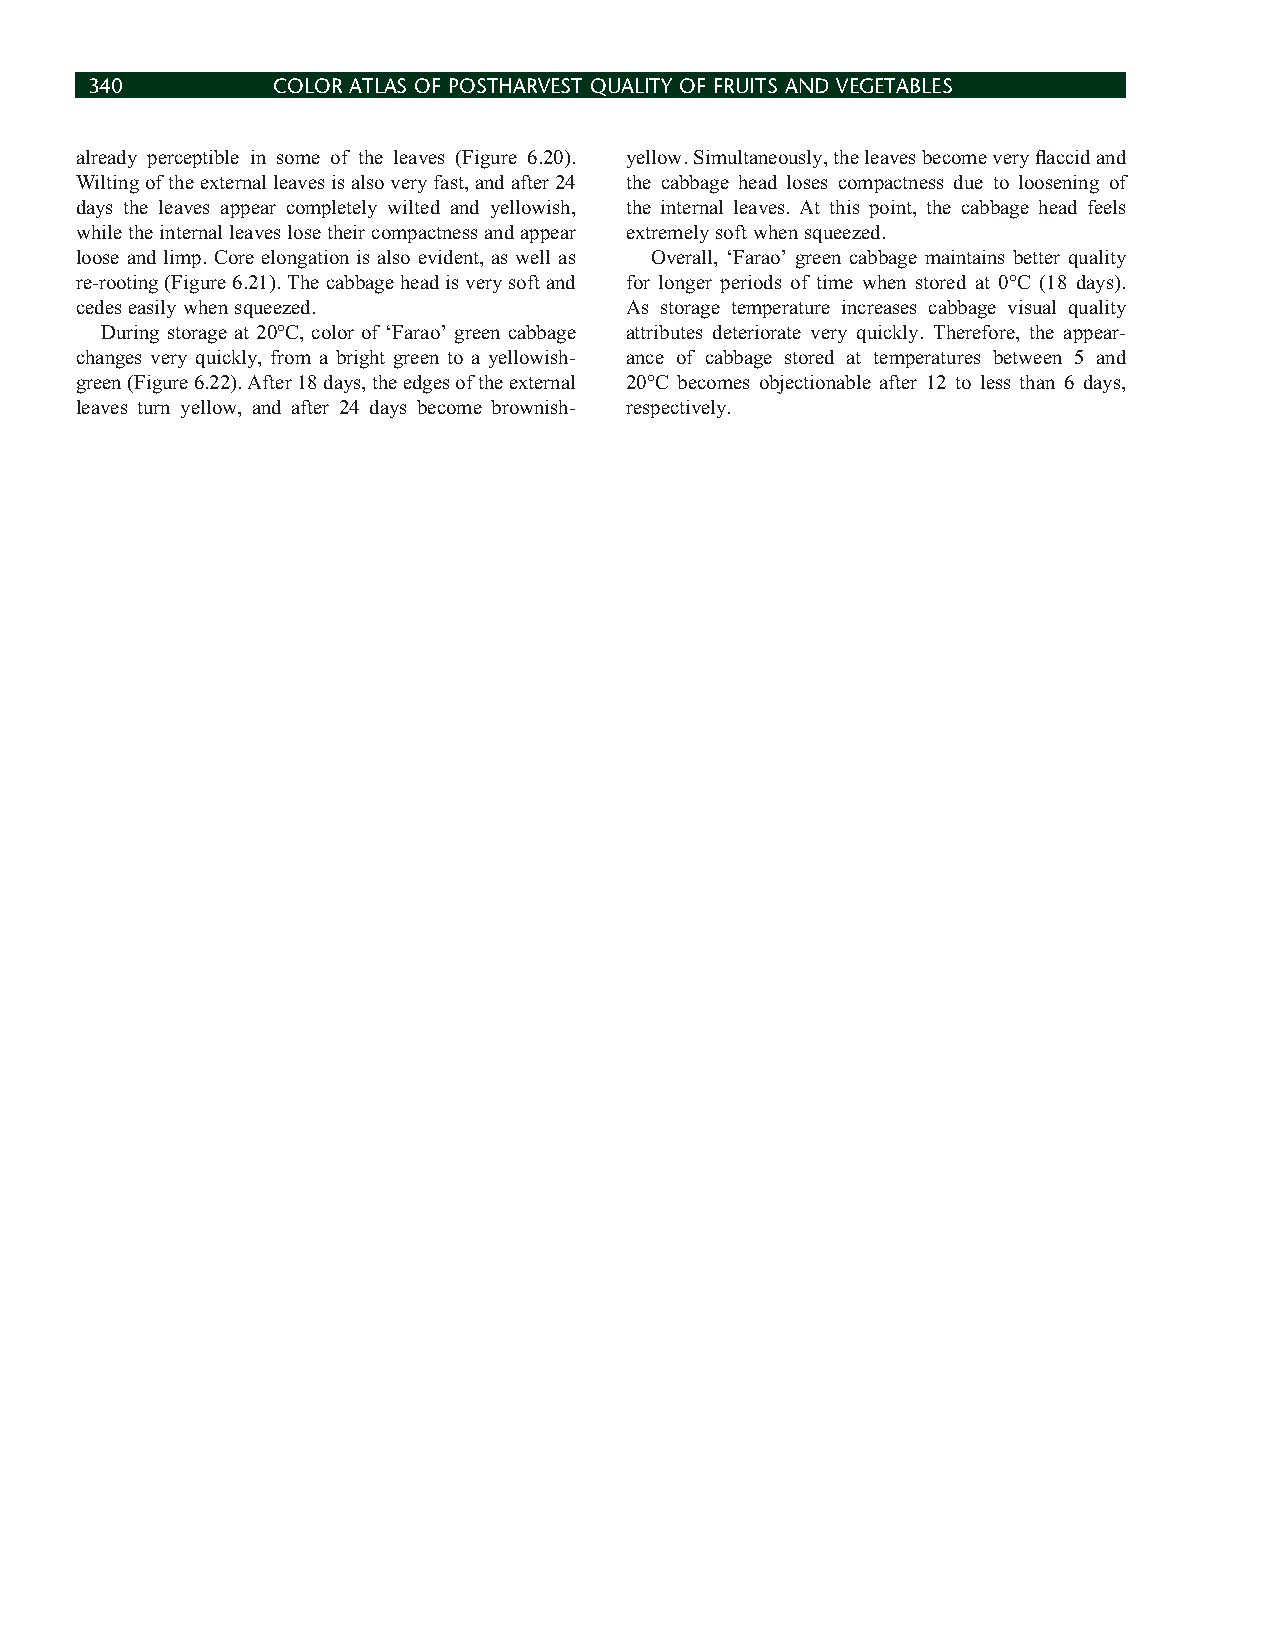
340         COLOR ATLAS OF POSTHARVEST QUALITY OF FRUITS AND VEGETABLES
 already perceptible in some of the leaves (Figure 6.20). yellow. Simultaneously, the leaves become very fl accid and
 Wilting of the external leaves is also very fast, and after 24 the cabbage head loses compactness due to loosening of
 days the leaves appear completely wilted and yellowish, the internal leaves. At this point, the cabbage head feels
 while the internal leaves lose their compactness and appear extremely soft when squeezed.
 loose and limp. Core elongation is also evident, as well as Overall, ‘Farao’ green cabbage maintains better quality
 re-rooting (Figure 6.21). The cabbage head is very soft and for longer periods of time when stored at 0°C (18 days).
 cedes easily when squeezed.         As storage temperature increases cabbage visual quality
 During storage at 20°C, color of ‘Farao’ green cabbage attributes deteriorate very quickly. Therefore, the appear-
 changes very quickly, from a bright green to a yellowish- ance of cabbage stored at temperatures between 5 and
 green (Figure 6.22). After 18 days, the edges of the external 20°C becomes objectionable after 12 to less than 6 days,
 leaves turn yellow, and after 24 days become brownish- respectively.